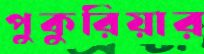
পুকুরিয়ার